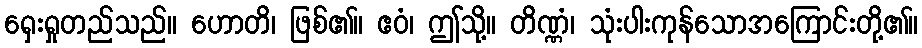
ရှေးရှုတည်သည်။ ဟောတိ၊ ဖြစ်၏။ ဧဝံ၊ ဤသို့။ တိဏ္ဏံ၊ သုံးပါးကုန်သောအကြောင်းတို့၏။